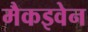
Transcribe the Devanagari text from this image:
मैकइवेन